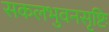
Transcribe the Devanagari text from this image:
सकलभुवनसृष्टिः